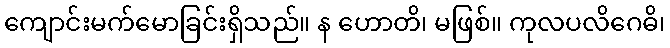
ကျောင်းမက်မောခြင်းရှိသည်။ န ဟောတိ၊ မဖြစ်။ ကုလပလိဂေဓိ၊